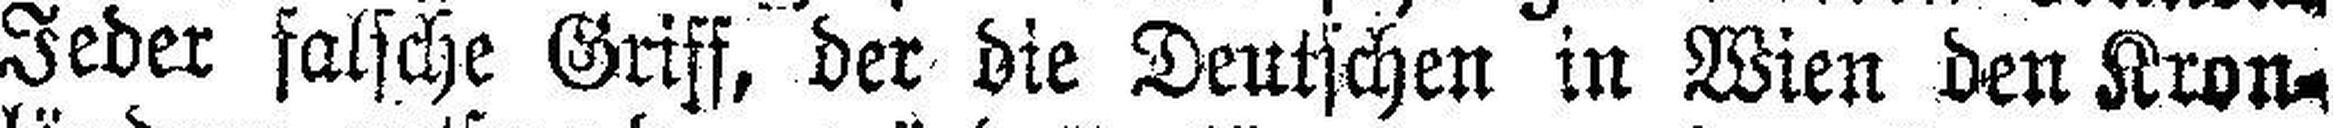
Jeder falsche Griff, der die Deutschen in Wien den Kron¬